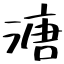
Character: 溏